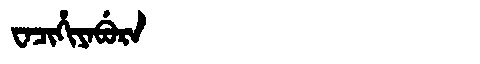
Manchu: ᠸᠠᠴᡳᡥᡳᠶᠠᠪᡠᡵᠠ
Romanization: WACIHIYABURA